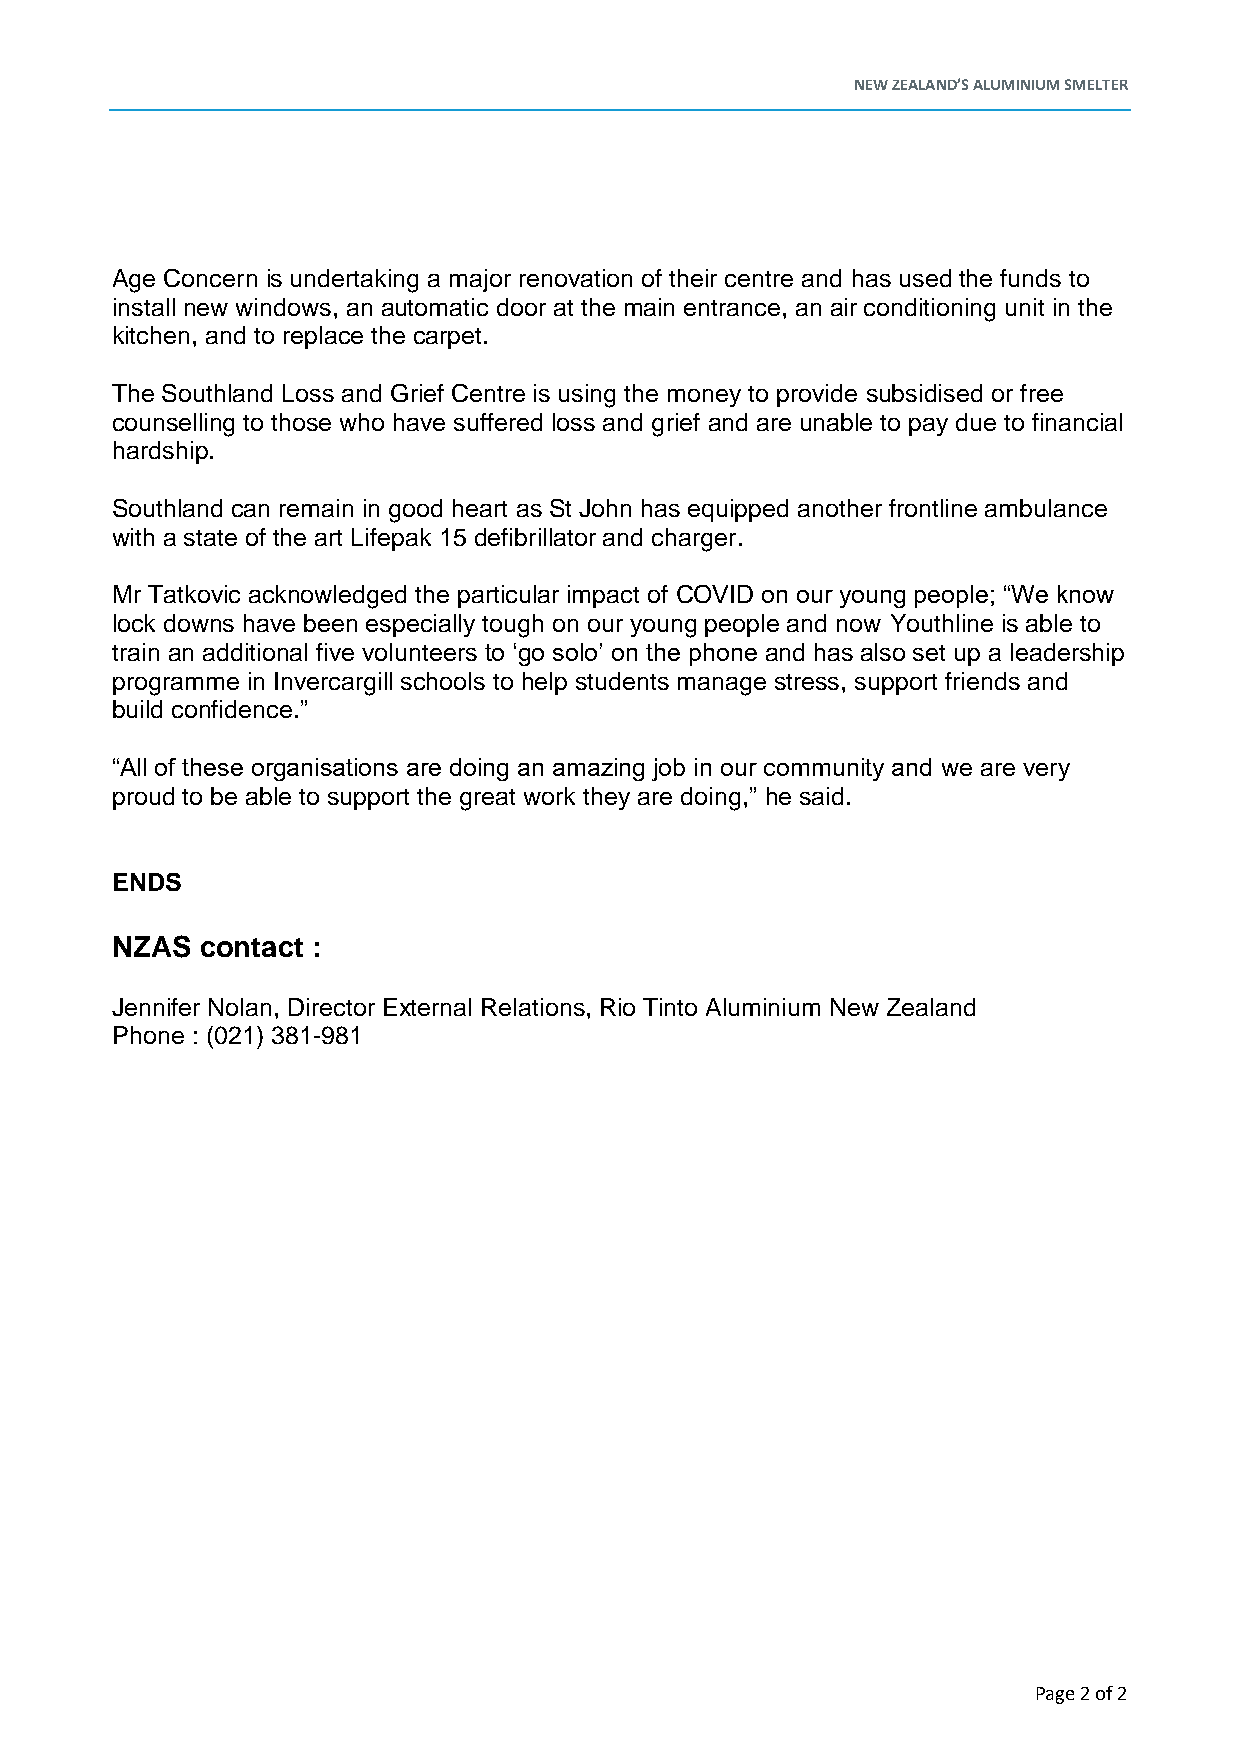
NEW ZEALAND’S ALUMINIUM SMELTER
 Age Concern is undertaking a major renovation of their centre and has used the funds to
 install new windows, an automatic door at the main entrance, an air conditioning unit in the
 kitchen, and to replace the carpet.
 The Southland Loss and Grief Centre is using the money to provide subsidised or free
 counselling to those who have suffered loss and grief and are unable to pay due to financial
 hardship.
 Southland can remain in good heart as St John has equipped another frontline ambulance
 with a state of the art Lifepak 15 defibrillator and charger.
 Mr Tatkovic acknowledged the particular impact of COVID on our young people; “We know
 lock downs have been especially tough on our young people and now Youthline is able to
 train an additional five volunteers to ‘go solo’ on the phone and has also set up a leadership
 programme in Invercargill schools to help students manage stress, support friends and
 build confidence.”
 “All of these organisations are doing an amazing job in our community and we are very
 proud to be able to support the great work they are doing,” he said.
 ENDS
 NZAS  contact :
 Jennifer Nolan, Director External Relations, Rio Tinto Aluminium New Zealand
 Phone : (021) 381-981
 Page 2 of 2